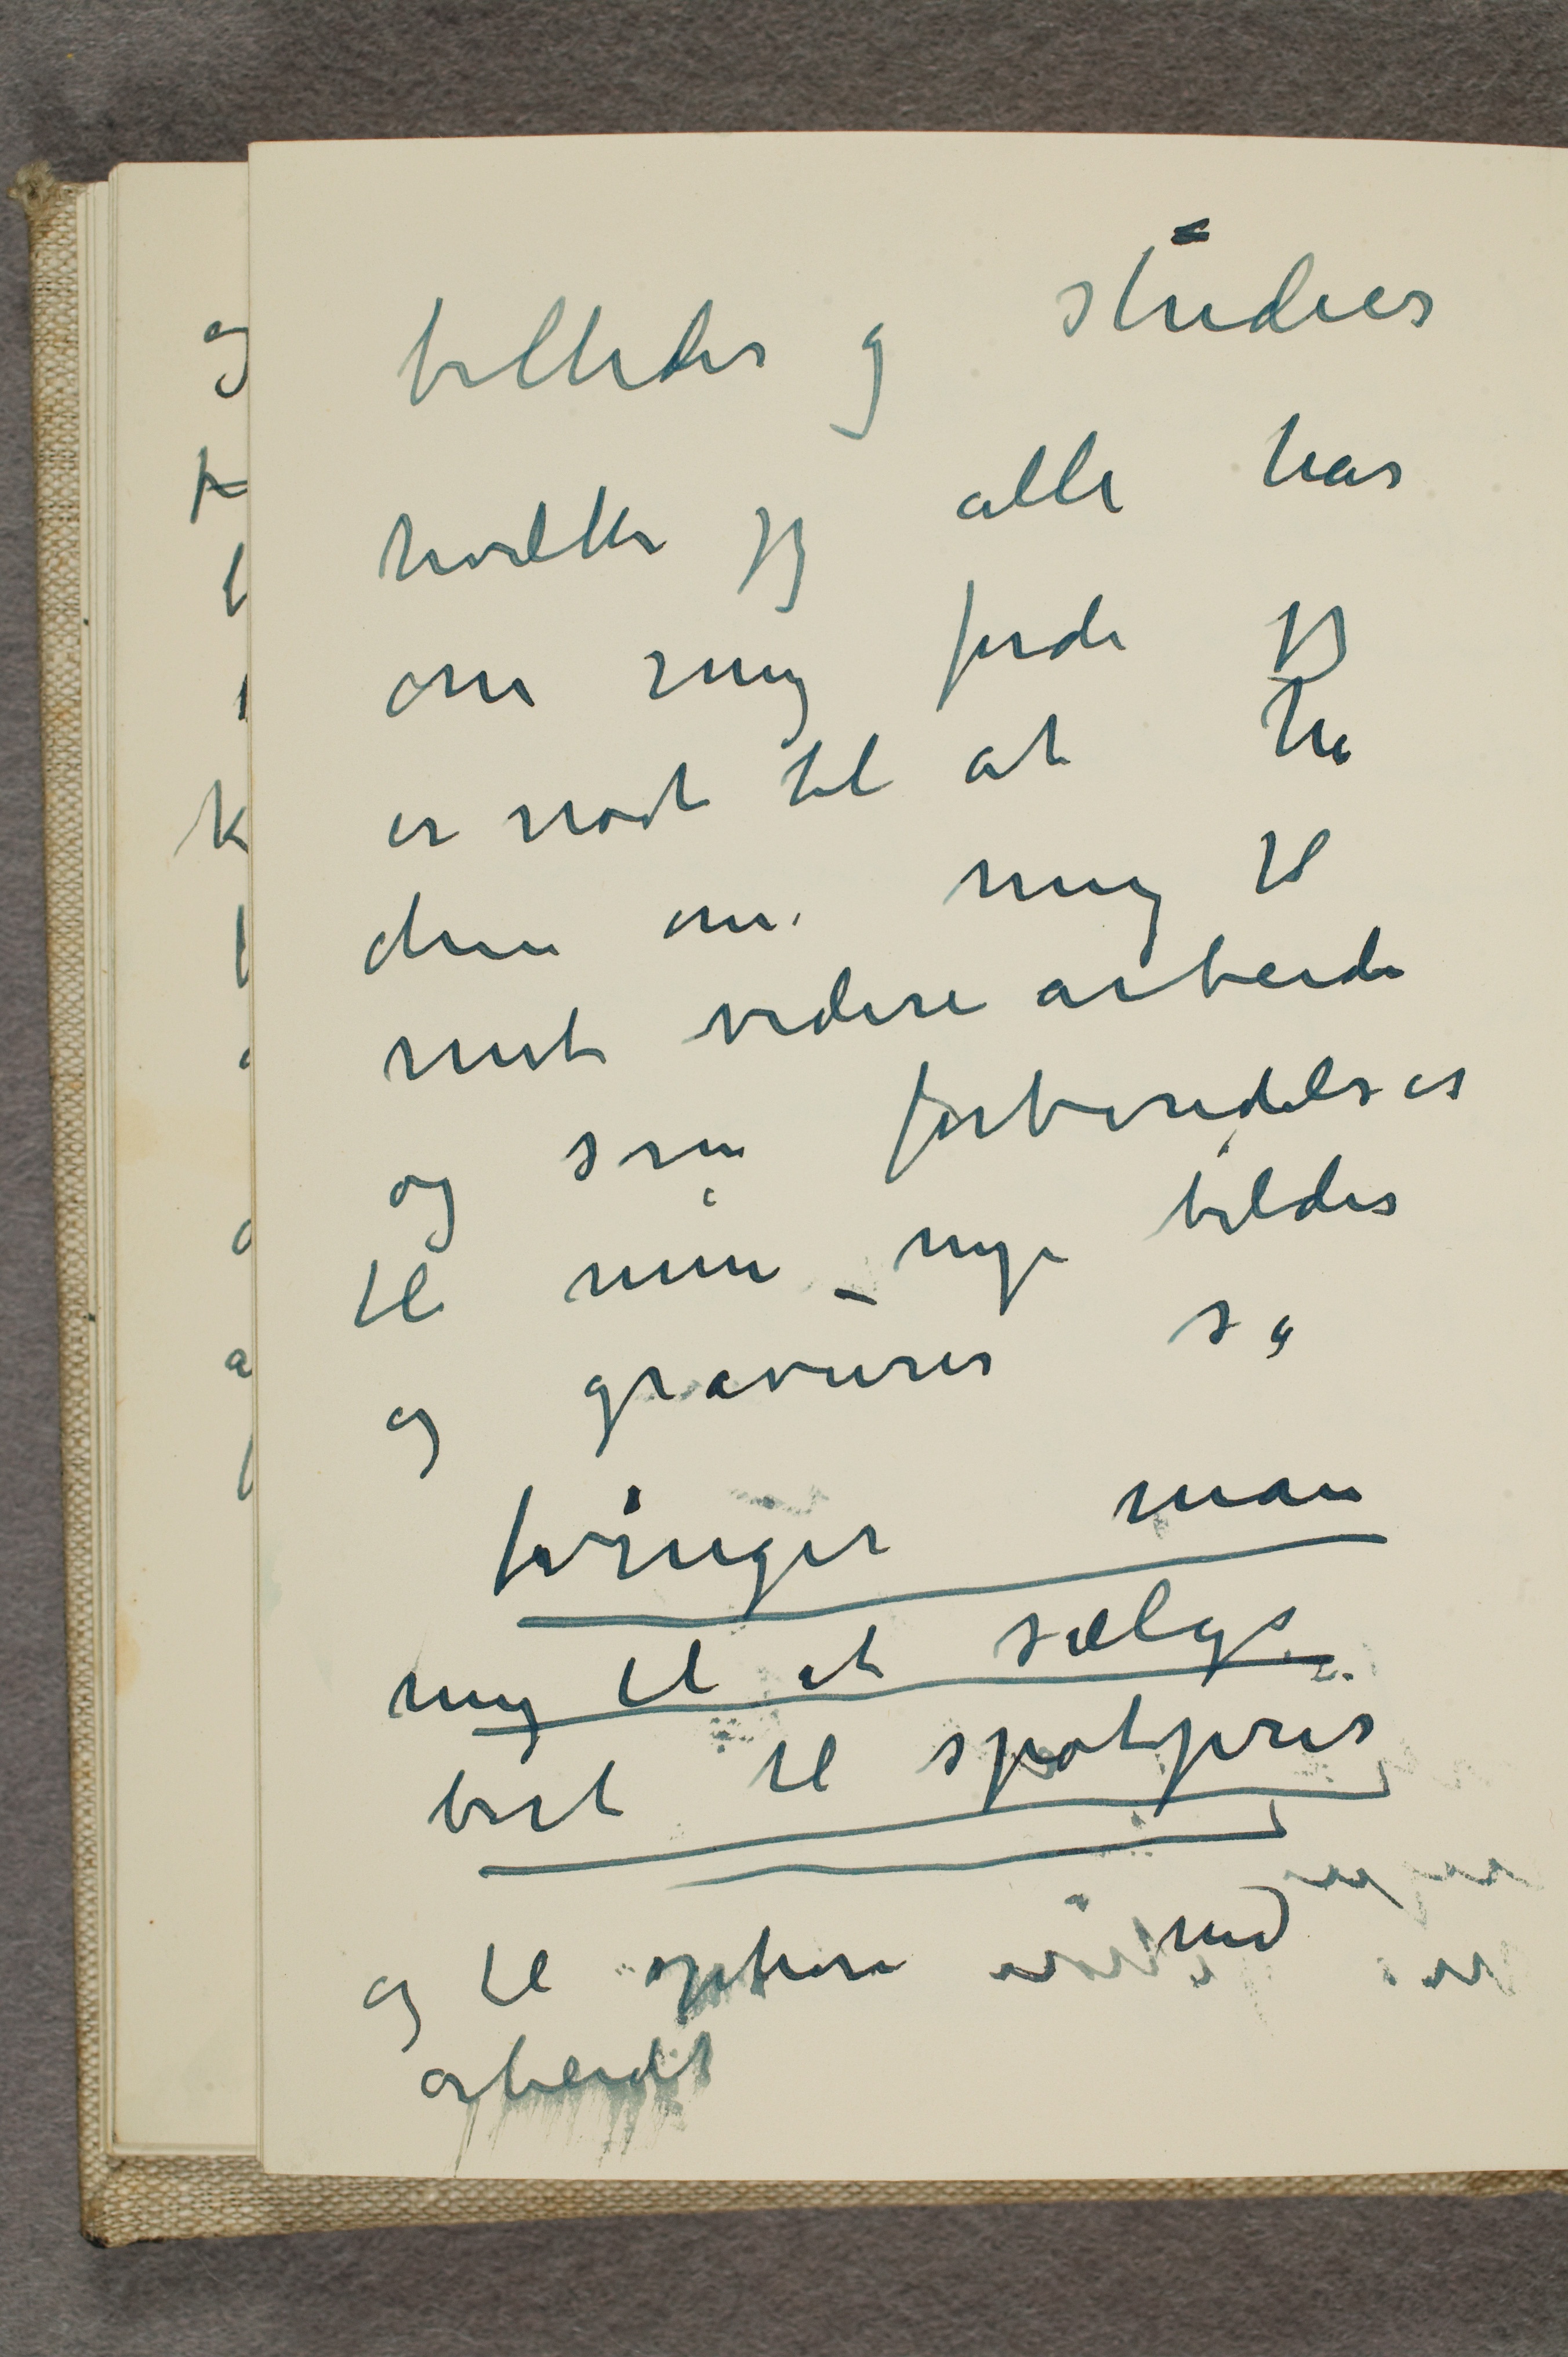
billeder og studier
hvilke jeg alle har
om mig fordi jeg
er nødt til at ha
dem om mig til
mit videre arbeide
og som forberedelser
til mine nye bilder
og gravurer så
tvinger man
mig til at sælge
bort til spotpris
og til ophøre med
arbeidet